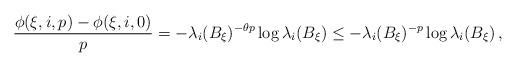
LaTeX: \begin{align*}{\frac{\phi(\xi,i,p)-\phi(\xi,i,0)}{p}}=-\lambda_i(B_\xi)^{-\theta p}\log\lambda_i(B_\xi)\le-\lambda_i(B_\xi)^{-p}\log\lambda_i(B_\xi) \,,\end{align*}